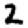
Digit: 2